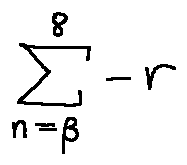
\sum \limits _ { n = \beta } ^ { 8 } - r